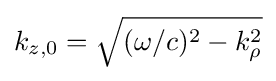
k_{z,0}={\sqrt {(\omega /c)^{2}-k_{\rho }^{2}}}